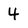
Character: 4